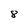
Character: 8